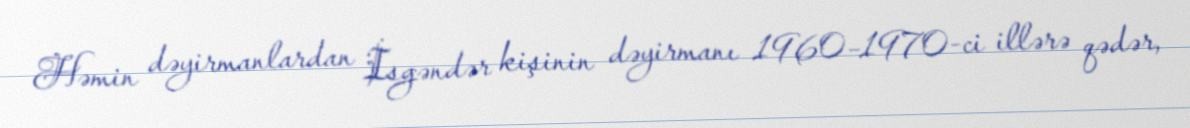
Həmin dəyirmanlardan İsgəndər kişinin dəyirmanı 1960–1970-ci illərə qədər,